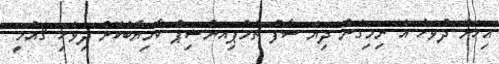
އިހަށް ދުވަހު އެ ނިމިގެން ދިޔަ ސާފް ޗެމްޕިއަންޝިޕް ކާމިޔާބުކޮށް ދިވެހި ޤައުމީ